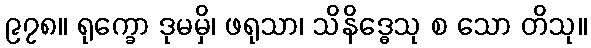
၉၇၈။ ရုက္ခော ဒုမမှိ၊ ဖရုသာ၊ သိနိဒ္ဓေသု စ သော တိသု။